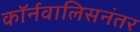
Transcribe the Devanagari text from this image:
कॉर्नवालिसनंतर